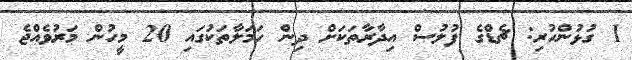
1 ގުޅުންހުރި: ޗެޑްގެ ފުލުސް އިދާރާތަކަށް ދިން ހަމަލާތަކުގައި 20 މީހުން މަރުވެއްޖެ